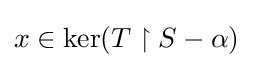
x\in \ker(T\upharpoonright S-\alpha )